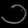
Digit: ၁